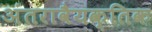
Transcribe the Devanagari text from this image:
अंतरावैयक्तिक